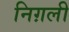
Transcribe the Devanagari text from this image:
निग़ली